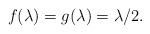
LaTeX: \begin{align*}f(\lambda) = g(\lambda) = \lambda/2.\end{align*}